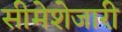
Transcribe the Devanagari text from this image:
सीमेशेजारी